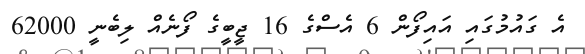
އެ ގައުމުގައި އައިފޯން 6 އެސްގެ 16 ޖީބީގެ ފޯނެއް ލިބެނީ 62000